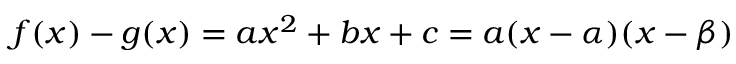
f ( x ) - g ( x ) = a x ^ { 2 } + b x + c = a ( x - \alpha ) ( x - \beta )